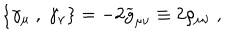
\left\{ \gamma _ { \mu } ~ , ~ \gamma _ { \nu } \right\} = - 2 { \widetilde g } _ { \mu \nu } \equiv 2 \rho _ { \mu \nu } ~ ,